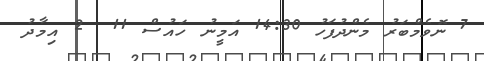
7 ނޮވެމްބަރު މެންދުފަހު 14:30 އަމީނު ހައުސް 11  2 އިމާދު